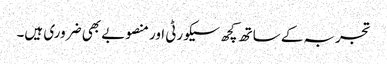
تجربہ کے ساتھ کچھ سیکورٹی اور منصوبے بھی ضروری ہیں۔